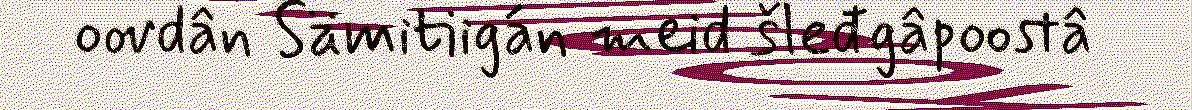
oovdân Sämitiigán meid šleđgâpoostâ